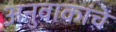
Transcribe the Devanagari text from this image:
अनुवाकांचे